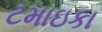
ટમાઇકા